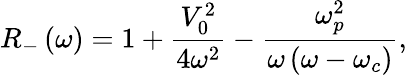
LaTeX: R_{-}\left(\omega\right)=1+\frac{V_{0}^{2}}{4\omega^{2}}-\frac{\omega_{p}^{2}}{\omega\left(\omega-\omega_{c}\right)},